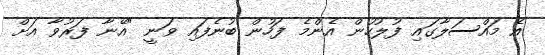
އެ މައްސަލާގައި ފުލުހުން އެންމެ ފަހުން ބުނެފައި ވަނީ "އޭނާ ފަރުވާ އަށް